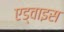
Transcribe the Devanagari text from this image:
एड्वाइस